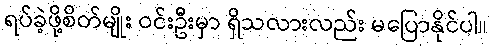
ရပ်ခဲ့ဖို့စိတ်မျိုး ဝင်းဦးမှာ ရှိသလားလည်း မပြောနိုင်ပါ။